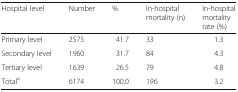
<table><thead><tr><td><b>Hospital level</b></td><td><b>Number</b></td><td><b>%</b></td><td><b>In-hospital mortality (n)</b></td><td><b>In-hospital mortality rate (%)</b></td></tr></thead><tbody><tr><td>Primary level</td><td>2575</td><td>41.7</td><td>33</td><td>1.3</td></tr><tr><td>Secondary level</td><td>1960</td><td>31.7</td><td>84</td><td>4.3</td></tr><tr><td>Tertiary level</td><td>1639</td><td>26.5</td><td>79</td><td>4.8</td></tr><tr><td>Total<sup>a</sup></td><td>6174</td><td>100.0</td><td>196</td><td>3.2</td></tr></tbody></table>